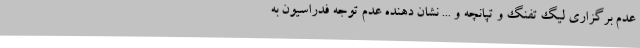
عدم برگزاری لیگ تفنگ و تپانچه و ... نشان دهنده عدم توجه فدراسیون به